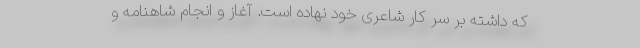
که داشته بر سرِ کارِ شاعری خود نهاده است. آغاز و انجام شاهنامه و